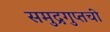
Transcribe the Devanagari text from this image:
समुद्रगुप्तची